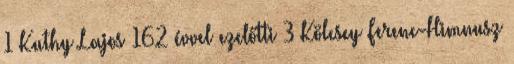
1 Kuthy Lajos 162 évvel ezelőtti 3 Kölcsey Ferenc-Himnusz